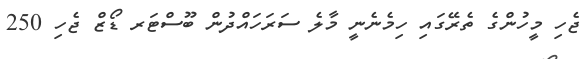
ޖެހި މީހުންގެ ތެރޭގައި ހިމެނެނީ މާލެ ސަރަހައްދުން ބޫސްޓަރ ޑޯޒް ޖެހި 250